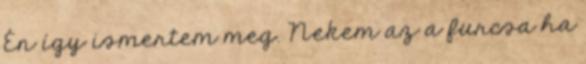
Én így ismertem meg. Nekem az a furcsa ha